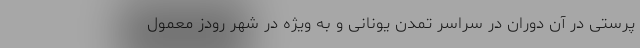
پرستی در آن دوران در سراسر تمدن یونانی و به ویژه در شهر رودز معمول